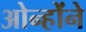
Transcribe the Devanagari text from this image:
ओन्होंने